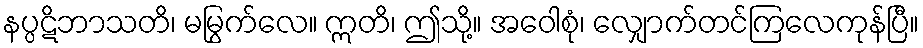
နပ္ပဋိဘာသတိ၊ မမြွက်လေ။ ဣတိ၊ ဤသို့။ အဝေါစုံ၊ လျှောက်တင်ကြလေကုန်ပြီ။